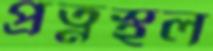
প্রত্নস্থল